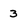
Character: 3